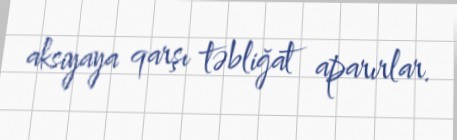
aksiyaya qarşı təbliğat aparırlar.